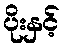
ပိုးနှင့်